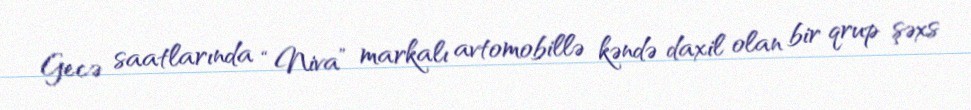
Gecə saatlarında “Niva” markalı avtomobillə kəndə daxil olan bir qrup şəxs